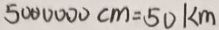
5 0 0 0 0 0 0 c m = 5 0 k m